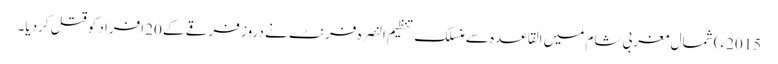
2015ء) شمال مغربی شام میں القاعدہ سے منسلک تنظیم النصرہ فرنٹ نے دروز فرقے کے 20 افراد کو قتل کردیا۔